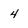
Character: 4